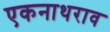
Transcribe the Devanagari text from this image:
एकनाथराव